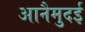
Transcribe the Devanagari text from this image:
आनैमुदई